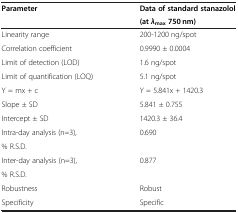
<table><thead><tr><td rowspan="2"><b>Parameter</b></td><td><b>Data of standard stanazolol</b></td></tr><tr><td><b>(at <i>λ</i><sub>max </sub>750 nm)</b></td></tr></thead><tbody><tr><td>Linearity range</td><td>200-1200 ng/spot</td></tr><tr><td>Correlation coefficient</td><td>0.9990 ± 0.0004</td></tr><tr><td>Limit of detection (LOD)</td><td>1.6 ng/spot</td></tr><tr><td>Limit of quantification (LOQ)</td><td>5.1 ng/spot</td></tr><tr><td>Y = mx + c</td><td>Y = 5.841x + 1420.3</td></tr><tr><td>Slope ± SD</td><td>5.841 ± 0.755</td></tr><tr><td>Intercept ± SD</td><td>1420.3 ± 36.4</td></tr><tr><td>Intra-day analysis (n=3),</td><td rowspan="2">0.690</td></tr><tr><td>% R.S.D.</td></tr><tr><td>Inter-day analysis (n=3),</td><td rowspan="2">0.877</td></tr><tr><td>% R.S.D.</td></tr><tr><td>Robustness</td><td>Robust</td></tr><tr><td>Specificity</td><td>Specific</td></tr></tbody></table>